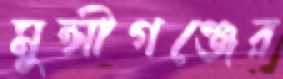
মুন্সীগঞ্জের